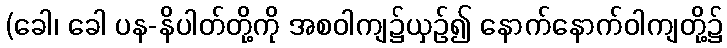
(ခေါ၊ ခေါ ပန-နိပါတ်တို့ကို အစဝါကျ၌ယှဉ်၍ နောက်နောက်ဝါကျတို့၌